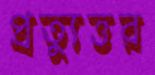
প্রত্যুত্তর